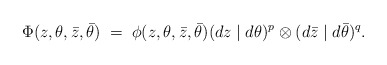
\begin{align*}\Phi(z,\theta,\bar{z},\bar{\theta})\;=\;\phi(z,\theta,\bar{z},\bar{\theta}) (dz\mid d\theta)^p \otimes (d\bar{z}\mid d\bar{\theta})^q.\end{align*}